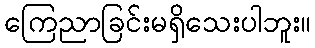
ကြေညာခြင်းမရှိသေးပါဘူး။